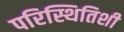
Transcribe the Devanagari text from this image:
परिस्थितिशी